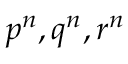
p ^ { n } , q ^ { n } , r ^ { n }